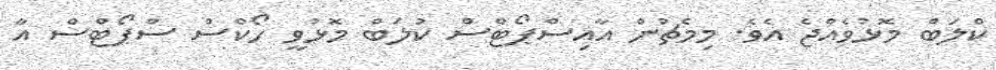
ކްލަބް މޮޅުވެއްޖެ އެވެ. މިމެޗުން އާއިސްޕޯޓްސް ކުލަބް މޮޅުވީ ހޯކްސް ސްޕޯޓްސް އާ